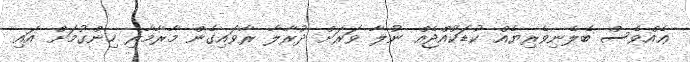
ޢެއްވެސް ބެލެނިވެރިޔެއް ކުޑަކުއްޖެއް ނުލާ ވަރަށް ދުރާލާ ރާވައިގެން މާރާމާރި ހިންގުމަށް އައި